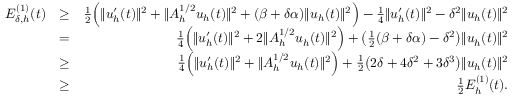
\begin{array} { r l r } { { \cal E } _ { \delta , h } ^ { ( 1 ) } ( t ) } & { \geq } & { \frac { 1 } { 2 } \Big ( \| u _ { h } ^ { \prime } ( t ) \| ^ { 2 } + \| A _ { h } ^ { 1 / 2 } u _ { h } ( t ) \| ^ { 2 } + ( \beta + \delta \alpha ) \| u _ { h } ( t ) \| ^ { 2 } \Big ) - \frac { 1 } { 4 } \| u _ { h } ^ { \prime } ( t ) \| ^ { 2 } - \delta ^ { 2 } \| u _ { h } ( t ) \| ^ { 2 } } \\ & { = } & { \frac { 1 } { 4 } \Big ( \| u _ { h } ^ { \prime } ( t ) \| ^ { 2 } + 2 \| A _ { h } ^ { 1 / 2 } u _ { h } ( t ) \| ^ { 2 } \Big ) + \big ( \frac { 1 } { 2 } ( \beta + \delta \alpha ) - \delta ^ { 2 } \big ) \| u _ { h } ( t ) \| ^ { 2 } } \\ & { \geq } & { \frac { 1 } { 4 } \Big ( \| u _ { h } ^ { \prime } ( t ) \| ^ { 2 } + \| A _ { h } ^ { 1 / 2 } u _ { h } ( t ) \| ^ { 2 } \Big ) + \frac { 1 } { 2 } \big ( 2 \delta + 4 \delta ^ { 2 } + 3 \delta ^ { 3 } \big ) \| u _ { h } ( t ) \| ^ { 2 } } \\ & { \geq } & { \frac { 1 } { 2 } { \cal E } _ { h } ^ { ( 1 ) } ( t ) . } \end{array}